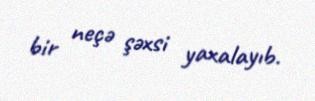
bir neçə şəxsi yaxalayıb.